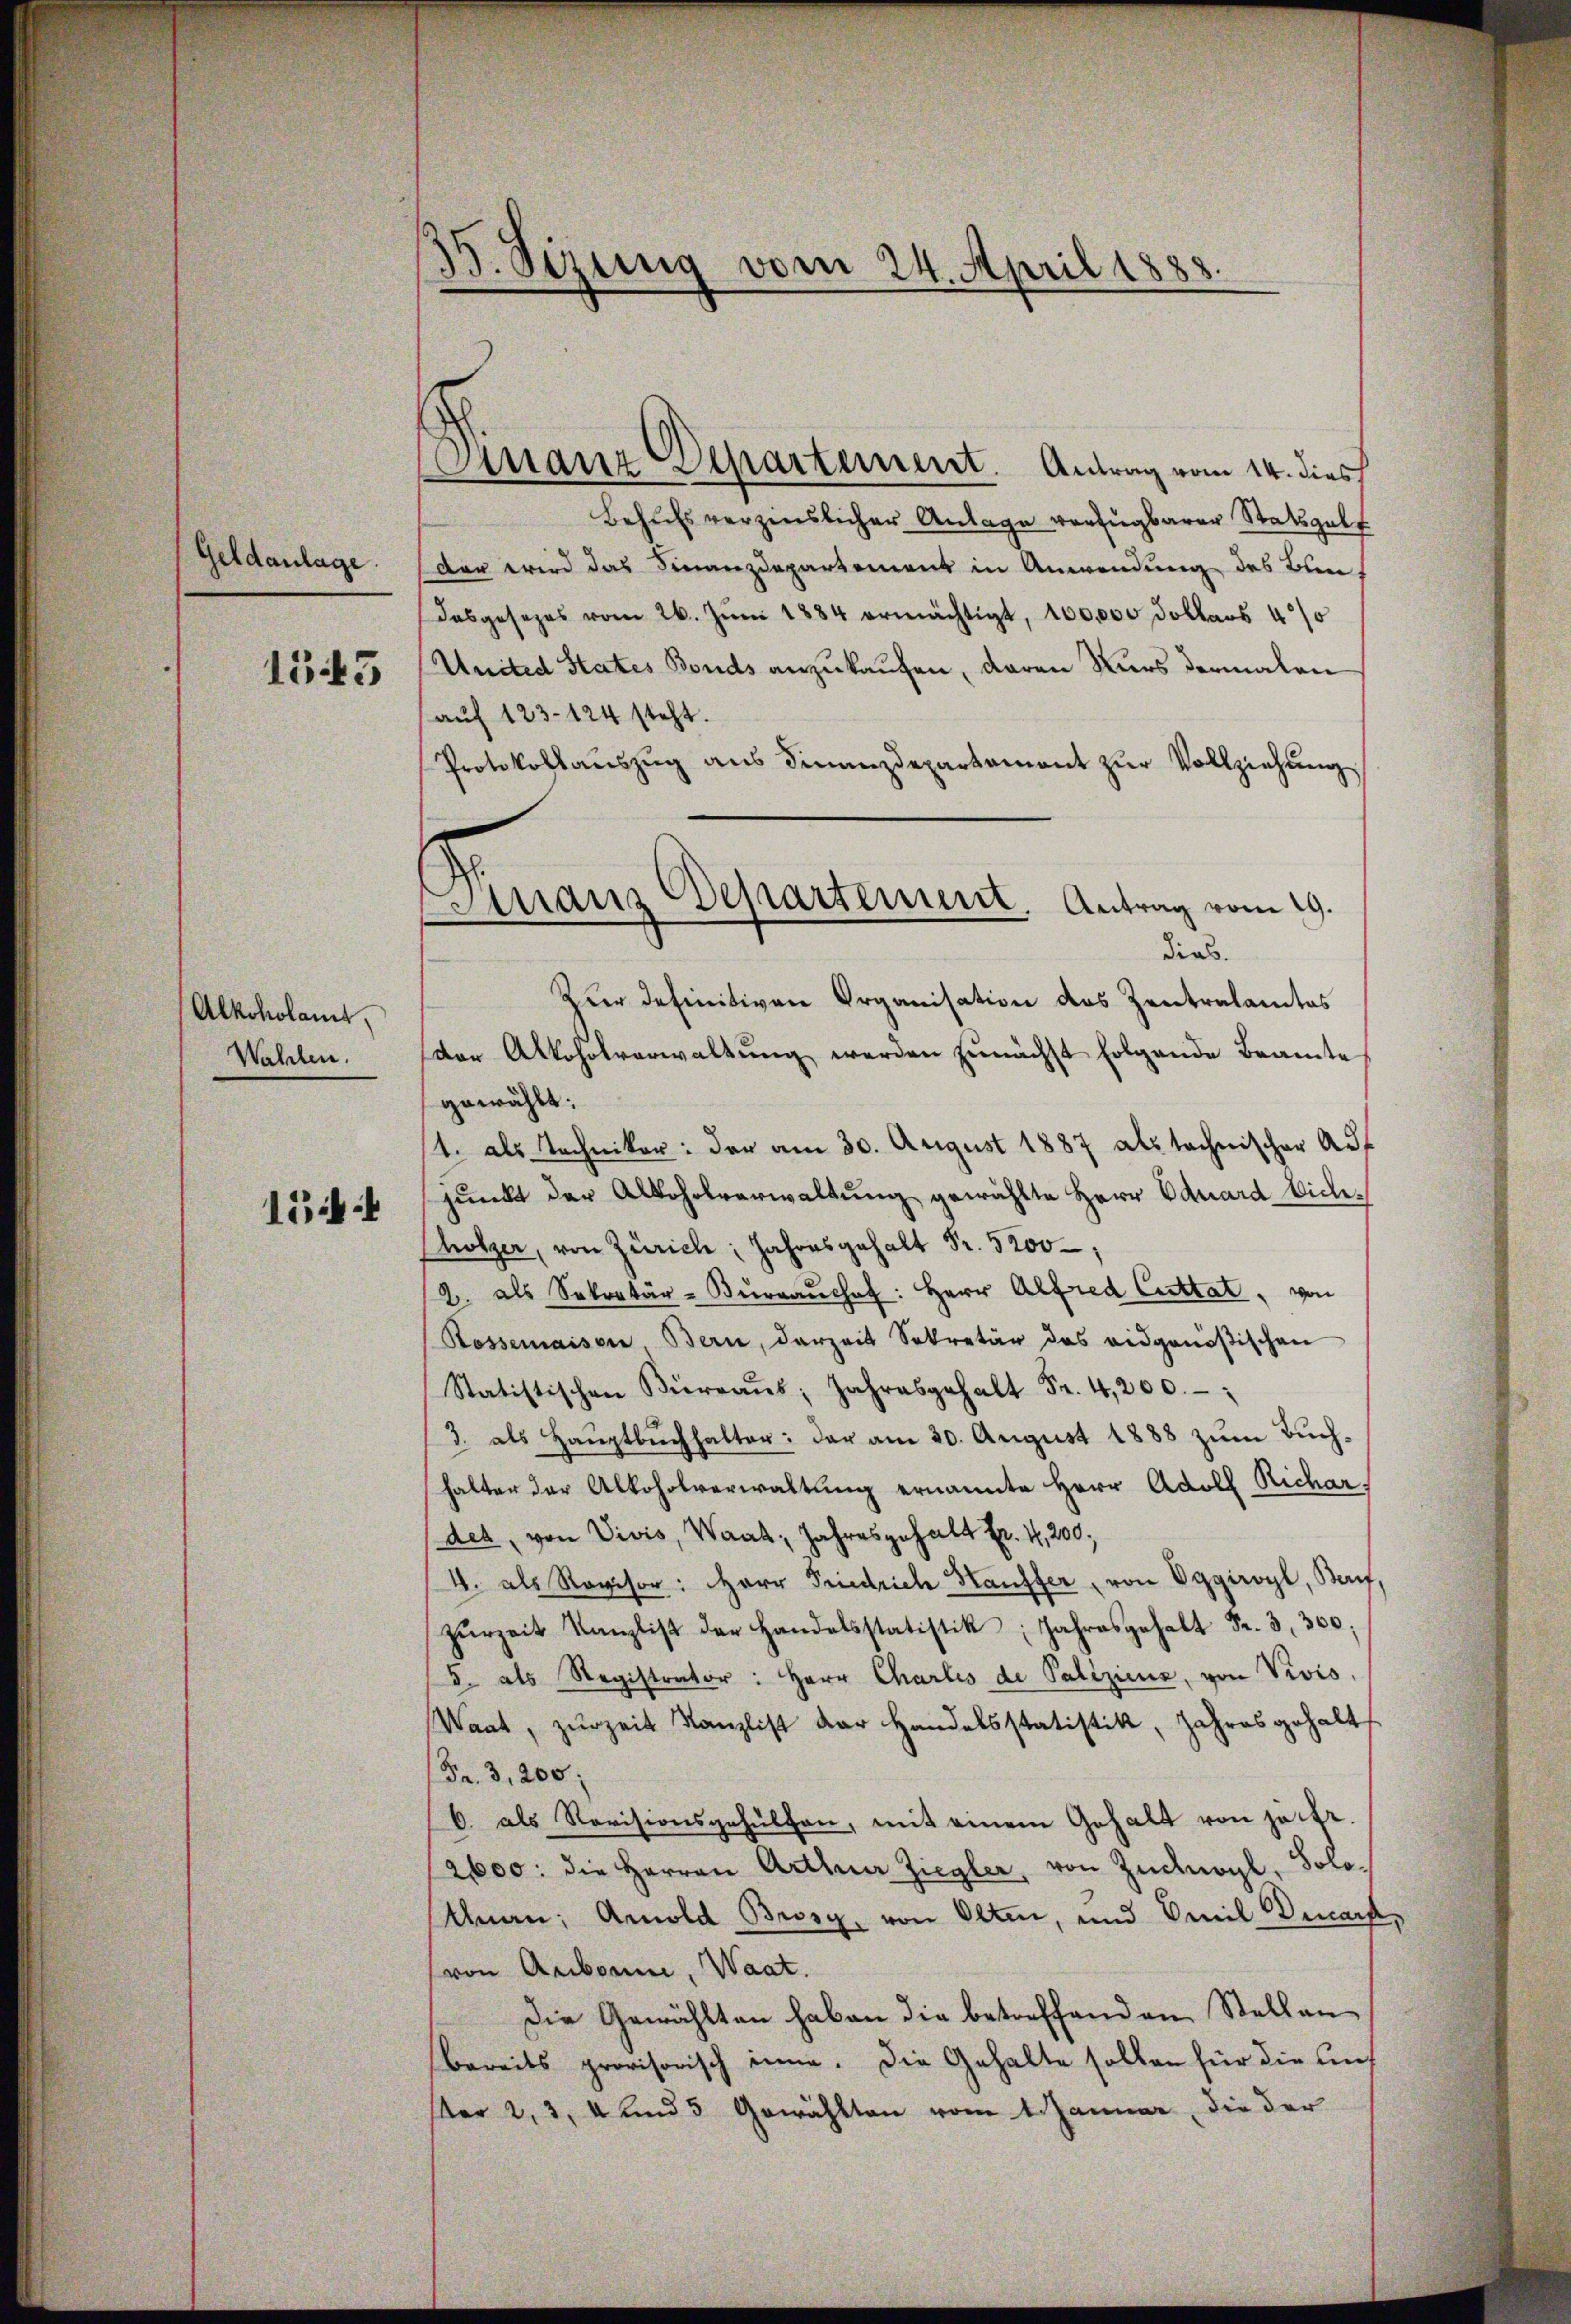
Geldanlage.
1545

Alkoholamt
Wahlen.

1544

B. Sizung vom 24. April 1883.

Arranz Separtement. Antrag vom 14. dies

Finanz Departement. Antrag vom 19.
dias.

Behufs verzinslicher Anlage verfügbarer Statsgült
der wird das Finanzdepartement in Anwendung des Bundasgesezes vom 26. Jŭni 1884 ermächtigt, 100,000 dollars 40
United States Bonds anzukaufen, daran Kurs dermalen
aŭf 123-124 steht.
Protokollaŭszŭg aŭs Finanzdepartament zŭr Vollziehŭng
Zur Definitiven Organisation das Zentralamtes
dor Alkoholverwaltung werden zunächst folgende Beamte
gewählt:
1. als Techniker: der am 30. August 1887 als technischer Auf
punkt der Alkoholverwaltung gewählte Herr Eduard Dich
hölzer, von Zürich: Jahresgehalt Fr. 5200
2. als Sekretär-Bŭrraŭchef: Herr Alfred Cuttat, von
Rossemaison Bern, darzeit Sekretär das eidgenößischen
Statistischen Büreaŭs: Jahresgehalt Fr. 4,200.
3. als Hauptbuchhalter: der am 20. August 1888 zum Buchhalter der Alkoholverwaltung ernannte Herr Adoll Richar
des, von Vivis, Waat, Jahresgehalt Fr. 4,200,
4. als Revisor: Herr Friedrich Kauffer, von Oggiroyl, Beruf,
zŭrzeit Kanzlist der Handelsstatistik, Jahresgehalt Fr. 3,300;
5. als Registrator: Herr Charlis de Paliziens, von Vivis,
Waat, zŭrzeit Kanzlist der Handelsstatistik, Jahres gehalt
Fr. 3, 200:
6. als Revisionsgehülfen, mit einem Gehalt von hätte.
2600: die Herren Arthner Ziegler, von Zucknögl, Solo¬
Unan; Amold Brosg, von Olten, und Omil Decart
(von Arbonne, Waat.
Die Gewählten haben die betreffenden Stellen
bereits provisorisch inne. Die Gehalte sollen für die Auf
ster 2, 3, 4 und 5 Gewählten vom 1. Januar, die der